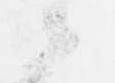
候